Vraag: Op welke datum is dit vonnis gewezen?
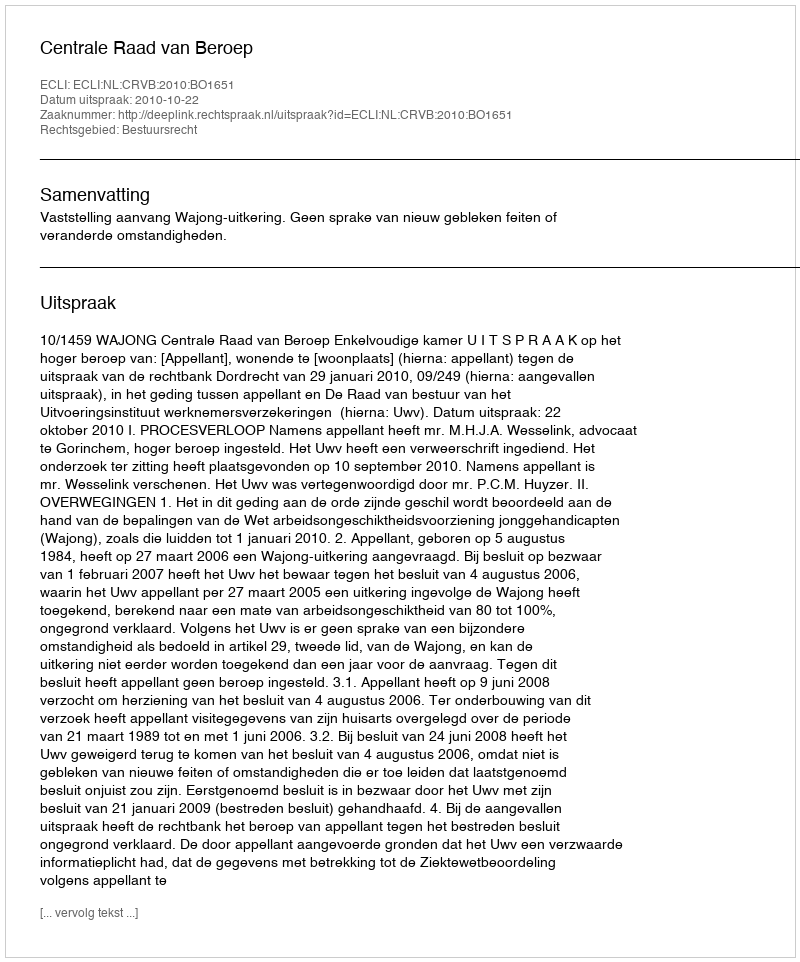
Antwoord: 2010-10-22